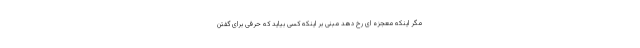
مگر اینکه معجزه ای رخ دهد مبنی بر اینکه کسی بیاید که حرفی برای گفتن